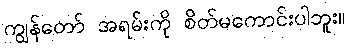
ကျွန်တော် အရမ်းကို စိတ်မကောင်းပါဘူး။